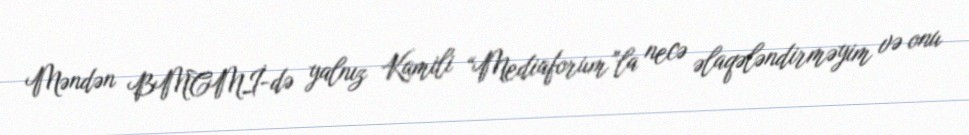
Məndən BMCMİ-də yalnız Kamili “Mediaforum”la necə əlaqələndirməyim və onu